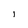
Character: l